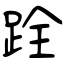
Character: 跧